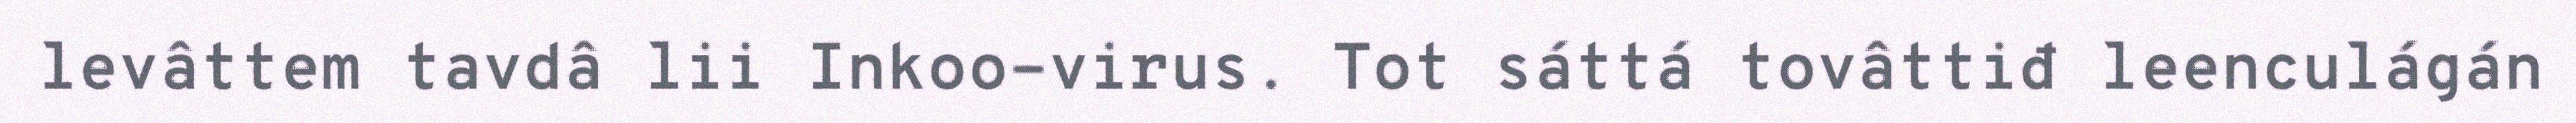
levâttem tavdâ lii Inkoo-virus. Tot sáttá tovâttiđ leenculágán